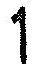
1